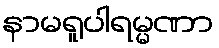
နာမရူပါရမ္မဏာ